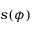
s ( \phi )